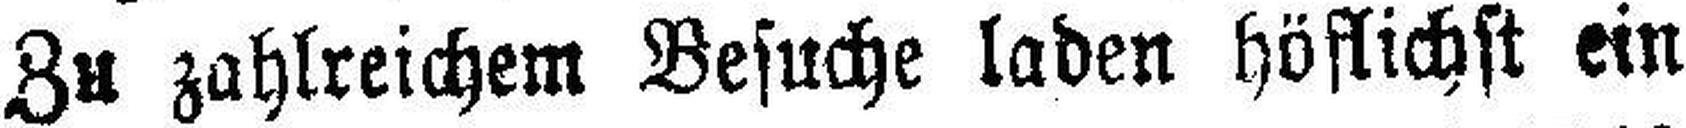
Zu zahlreichem Besuche laden höflichst ein